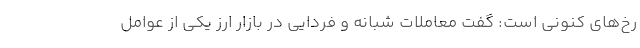
رخ‌های کنونی است: گفت معاملات شبانه و فردایی در بازار ارز یکی از عوامل